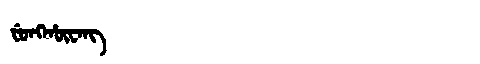
Manchu: ᠸᡠᠩᡥᡡᠸᠠᠩ
Romanization: FUNGHŪWANG